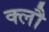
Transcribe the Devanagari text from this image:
क्लौ